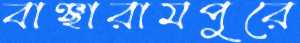
বাঞ্ছারামপুরে